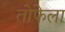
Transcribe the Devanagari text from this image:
तोफेला